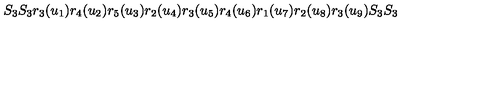
S _ { 3 } S _ { 3 } r _ { 3 } ( u _ { 1 } ) r _ { 4 } ( u _ { 2 } ) r _ { 5 } ( u _ { 3 } ) r _ { 2 } ( u _ { 4 } ) r _ { 3 } ( u _ { 5 } ) r _ { 4 } ( u _ { 6 } ) r _ { 1 } ( u _ { 7 } ) r _ { 2 } ( u _ { 8 } ) r _ { 3 } ( u _ { 9 } ) S _ { 3 } S _ { 3 }